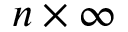
n \times \infty